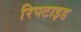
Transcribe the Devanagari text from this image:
रिपटाइड